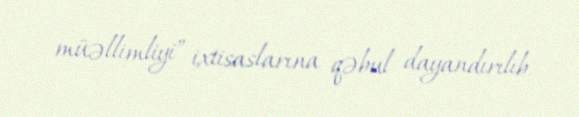
müəllimliyi” ixtisaslarına qəbul dayandırılıb.